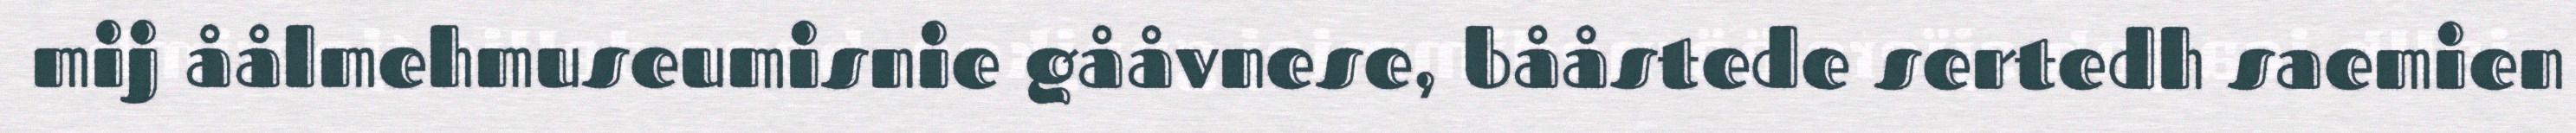
mij åålmehmuseumisnie gååvnese, bååstede sertedh saemien